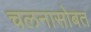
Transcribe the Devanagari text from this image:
चलनासोबत